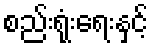
စည်းရုံးရေးနှင့်